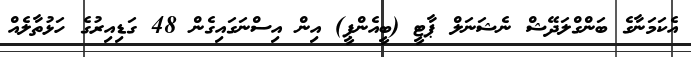
އެކަމަނާގެ ބަންގްލަދޭޝް ނެޝަނަލް ޕާޓީ (ބީއެންޕީ) އިން އިސްނަގައިގެން 48 ގަޑިއިރުގެ ހަޅުތާލެއް